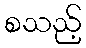
စသည့်